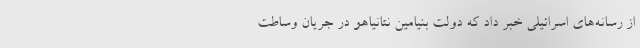
از رسانه‌های اسرائیلی خبر داد که دولت بنیامین نتانیاهو در جریان وساطت